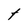
Character: t